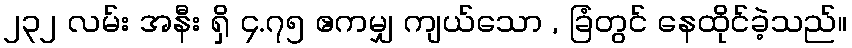
၂၃၂ လမ်း အနီး ရှိ ၄.၇၅ ဧကမျှ ကျယ်သော , ခြံတွင် နေထိုင်ခဲ့သည်။